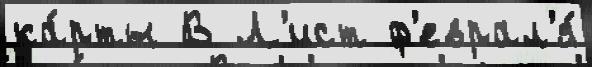
ка́рты В Л'ист ф'еврал'я́